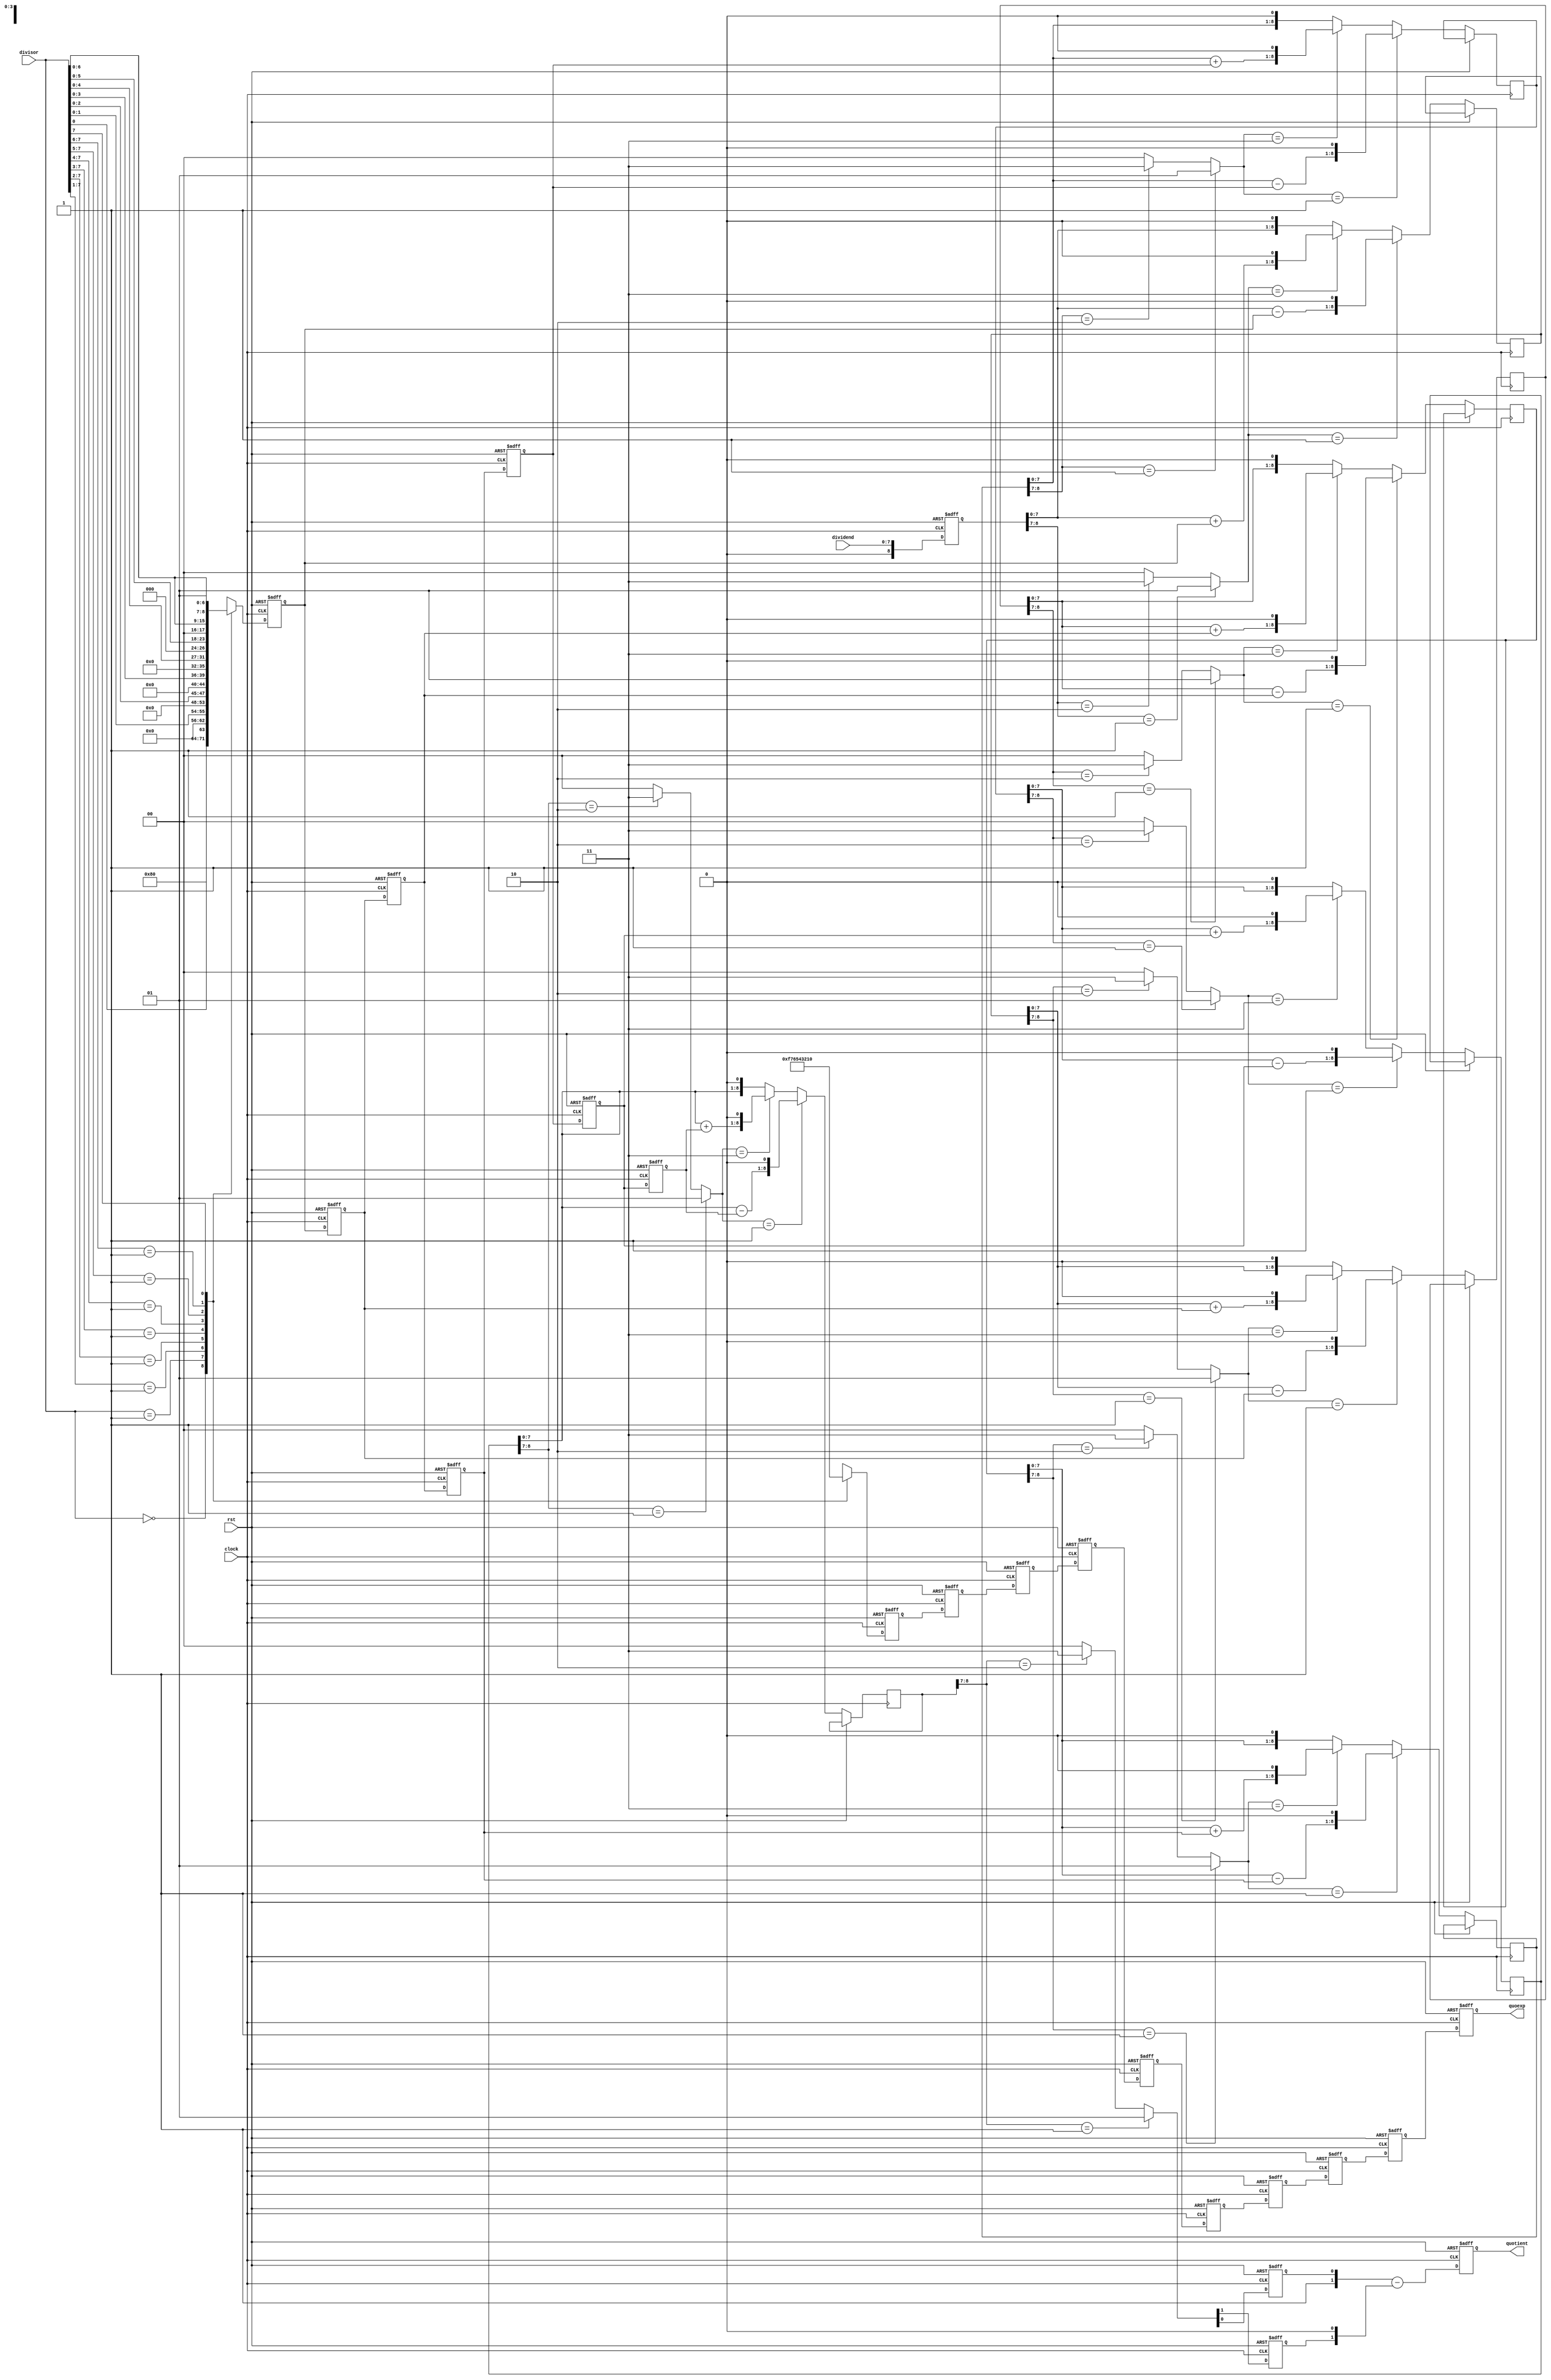
/*******************************************************

--Module Name:Radix_2_div
--Project Name:
--Chinese Description:
	2
--English Description:
	unsigned Radix-2 SRT division
--Version:VERA.1.0.0
--Data modified:
--author:Young 
--E-mail: wmy367@gmail.com
--Data created:2013-7-26 10:10:33
________________________________________________________
********************************************************/
`timescale 1ns/1ps
module Radix_2_div #(
parameter[3:0]	DSIZE	= 8,
parameter[3:0]	PSIZE	= 8
)(
	input				clock,
	input				rst,
	input [DSIZE-1:0]	divisor,
	input [DSIZE-1:0]	dividend,
	
	output[PSIZE-1:0]	quotient,
	output[3:0]			quoexp
);


reg	[DSIZE:0]		divisor_r2	[PSIZE:0];
reg	[DSIZE:0]		dividend_r2	[PSIZE:0];
reg	[3:0]			divisor_exp	[PSIZE:0];
reg [PSIZE-1:0]		LQ			[PSIZE-1:0];
reg [PSIZE-1:0]		UQ			[PSIZE-1:0];

always@(posedge clock,posedge rst)begin
	if(rst)begin
		divisor_exp[PSIZE]	<= {4{1'b0}};
		divisor_r2[PSIZE] 	<= 1'b1<<(DSIZE-1);
	end else begin
		casex(divisor)
		'b0:begin			divisor_exp[PSIZE]	<= {4{1'b1}};divisor_r2[PSIZE] <= 1'b1<<(DSIZE-1); end 
		/*------------------------------------------------------------------*/
		'b1:begin			divisor_exp[PSIZE]	<= DSIZE-4'd1;	divisor_r2[PSIZE]	<= divisor << (DSIZE-1); end
		'b1x:begin			divisor_exp[PSIZE]	<= DSIZE-4'd2;	divisor_r2[PSIZE]	<= divisor << (DSIZE-2); end
		'b1xx:begin			divisor_exp[PSIZE]	<= DSIZE-4'd3;	divisor_r2[PSIZE]	<= divisor << (DSIZE-3); end
		'b1xxx:begin		divisor_exp[PSIZE]	<= DSIZE-4'd4;	divisor_r2[PSIZE]	<= divisor << (DSIZE-4); end
		'b1xxxx:begin		divisor_exp[PSIZE]	<= DSIZE-4'd5;	divisor_r2[PSIZE]	<= divisor << (DSIZE-5); end
		'b1xxxxx:begin		divisor_exp[PSIZE]	<= DSIZE-4'd6;	divisor_r2[PSIZE]	<= divisor << (DSIZE-6); end
		'b1xxxxxx:begin		divisor_exp[PSIZE]	<= DSIZE-4'd7;	divisor_r2[PSIZE]	<= divisor << (DSIZE-7); end
		'b1xxxxxxx:begin	divisor_exp[PSIZE]	<= DSIZE-4'd8;	divisor_r2[PSIZE]	<= divisor << (DSIZE-8); end
		/*------------------------------------------------------------------*/
		'b1_xxxxxxxx:begin			divisor_exp[PSIZE]	<= DSIZE-4'd9;		divisor_r2[PSIZE]	<= divisor << (DSIZE-9); end
		'b1x_xxxxxxxx:begin			divisor_exp[PSIZE]	<= DSIZE-4'd10;	divisor_r2[PSIZE]	<= divisor << (DSIZE-10); end
		'b1xx_xxxxxxxx:begin		divisor_exp[PSIZE]	<= DSIZE-4'd11;	divisor_r2[PSIZE]	<= divisor << (DSIZE-11); end
		'b1xxx_xxxxxxxx:begin		divisor_exp[PSIZE]	<= DSIZE-4'd12;	divisor_r2[PSIZE]	<= divisor << (DSIZE-12); end
		'b1xxxx_xxxxxxxx:begin		divisor_exp[PSIZE]	<= DSIZE-4'd13;	divisor_r2[PSIZE]	<= divisor << (DSIZE-13); end
		'b1xxxxx_xxxxxxxx:begin		divisor_exp[PSIZE]	<= DSIZE-4'd14;	divisor_r2[PSIZE]	<= divisor << (DSIZE-14); end
		'b1xxxxxx_xxxxxxxx:begin	divisor_exp[PSIZE]	<= DSIZE-4'd15;	divisor_r2[PSIZE]	<= divisor << (DSIZE-15); end
		'b1xxxxxxx_xxxxxxxx:begin	divisor_exp[PSIZE]	<= DSIZE-5'd16;	divisor_r2[PSIZE]	<= divisor << (DSIZE-16); end
		default:;
		endcase
end end

always@(posedge clock,posedge rst)begin
	if(rst)	dividend_r2[PSIZE]	<= {(DSIZE+1){1'b0}};
	else 	dividend_r2[PSIZE]	<= {1'b0,dividend};
end

genvar II;
generate 
for(II=1;II<=PSIZE;II=II+1)begin:GEN_TRANS
	always@(posedge clock,posedge rst)begin
		if(rst)	begin
			LQ[II-1][II-1]	<= 1'b0;
			UQ[II-1][II-1]	<= 1'b0;
		end else begin
			SRT_trans(dividend_r2[II],divisor_r2[II],
					{LQ[II-1][II-1],UQ[II-1][II-1]},dividend_r2[II-1]);
//			$stop;
	end end 
	
	always@(posedge clock,posedge rst)begin
		if(rst)		divisor_exp[II-1]	<= {4{1'b0}};
		else		divisor_exp[II-1]	<= divisor_exp[II];
	end
	
	always@(posedge clock,posedge rst)begin
		if(rst)		divisor_r2[II-1]	<= {(DSIZE+1){1'b0}};
		else		divisor_r2[II-1]	<= divisor_r2[II];
	end
end
endgenerate

generate 
for(II=PSIZE;II>0;II=II-1)begin:GEN_SHIFT_LUQ
	always@(posedge clock,posedge rst)begin:GEN_SHIFT_Q
	integer	KK;
		if(rst)begin
			for(KK=PSIZE;KK>1;KK=KK-1)begin
				if((KK-2) != (II-1))begin
					LQ[KK-2][II-1]	<= 1'b0;
					UQ[KK-2][II-1]	<= 1'b0;
				end
			end
		end else begin
			for(KK=II;KK>1;KK=KK-1)begin
				LQ[KK-2][II-1]	<= LQ[KK-1][II-1];
				UQ[KK-2][II-1]	<= UQ[KK-1][II-1];
			end
	end	end
end
endgenerate

initial begin
	LQ[PSIZE-1][PSIZE-2:0]	= 0;
	UQ[PSIZE-1][PSIZE-2:0]	= 0;
end	

reg [PSIZE-1:0]	Qu;
always@(posedge clock,posedge rst)begin
	if(rst)		Qu	<= {PSIZE{1'b0}};
	else		Qu	<=  UQ[0][PSIZE-1:0]- {LQ[0][PSIZE-1:0]<<1};
end

reg	[3:0]	exp;
always@(posedge clock,posedge rst)begin
	if(rst)		exp	<= {4{1'b0}};
	else		exp	<= divisor_exp[0];
end
assign	quoexp		= exp;
assign	quotient	= Qu;
		
task SRT_trans;
input [DSIZE:0]		Z;
input [DSIZE:0]		D;
output[1:0]			Q;
output[DSIZE:0]		S;
begin
	if(Z[DSIZE:DSIZE-1] == 2'b01)		Q	= 2'b01;
	else if(Z[DSIZE:DSIZE-1] == 2'b10)	Q	= 2'b11;
	else								Q	= 2'b00;
	
	if(Q==2'b01)		S = (Z-D)<<1;
	else if(Q==2'b11)	S = (Z+D)<<1;
	else				S = Z<<1;
//	if(Q==2'b11)	$display("Z=%b,D=%b,Q=%b,S=%b",Z,D,Q,S);
end 
endtask	


endmodule